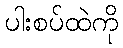
ပါးစပ်ထဲကို